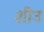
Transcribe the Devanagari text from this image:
शीउ